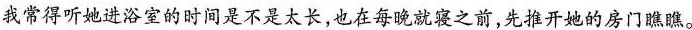
我常得听她进浴室的时间是不是太长，也在每晚就寝之前，先推开她的房门瞧瞧。